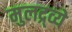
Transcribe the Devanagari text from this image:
मुलद्र्व्ये